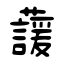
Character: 蘐